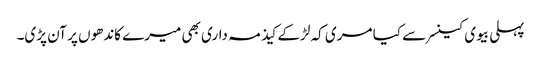
پہلی بیوی کینسر سے کیا مری کہ لڑکے کیذ مہ داری بھی میرے کاندھوں پر آن پڑی۔